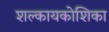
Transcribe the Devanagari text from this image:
शल्कायकोशिका